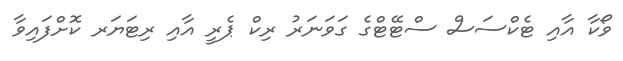
ވޯކާ އާއި ޓެކްސަސް ސްޓޭޓްގެ ގަވަނަރު ރިކް ޕެރީ އާއި ރިޓަޔަރ ކޮށްފައިވާ